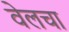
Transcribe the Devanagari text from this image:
वेलचा